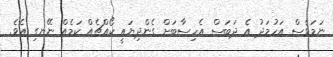
ނަމަވެސް އަހުމަދު އެ ދަބަސް އެހިސާބަށް ގެންދިޔައީ ކޯއްޗެއް ކަމެއް ނޭނގި އެވެ.